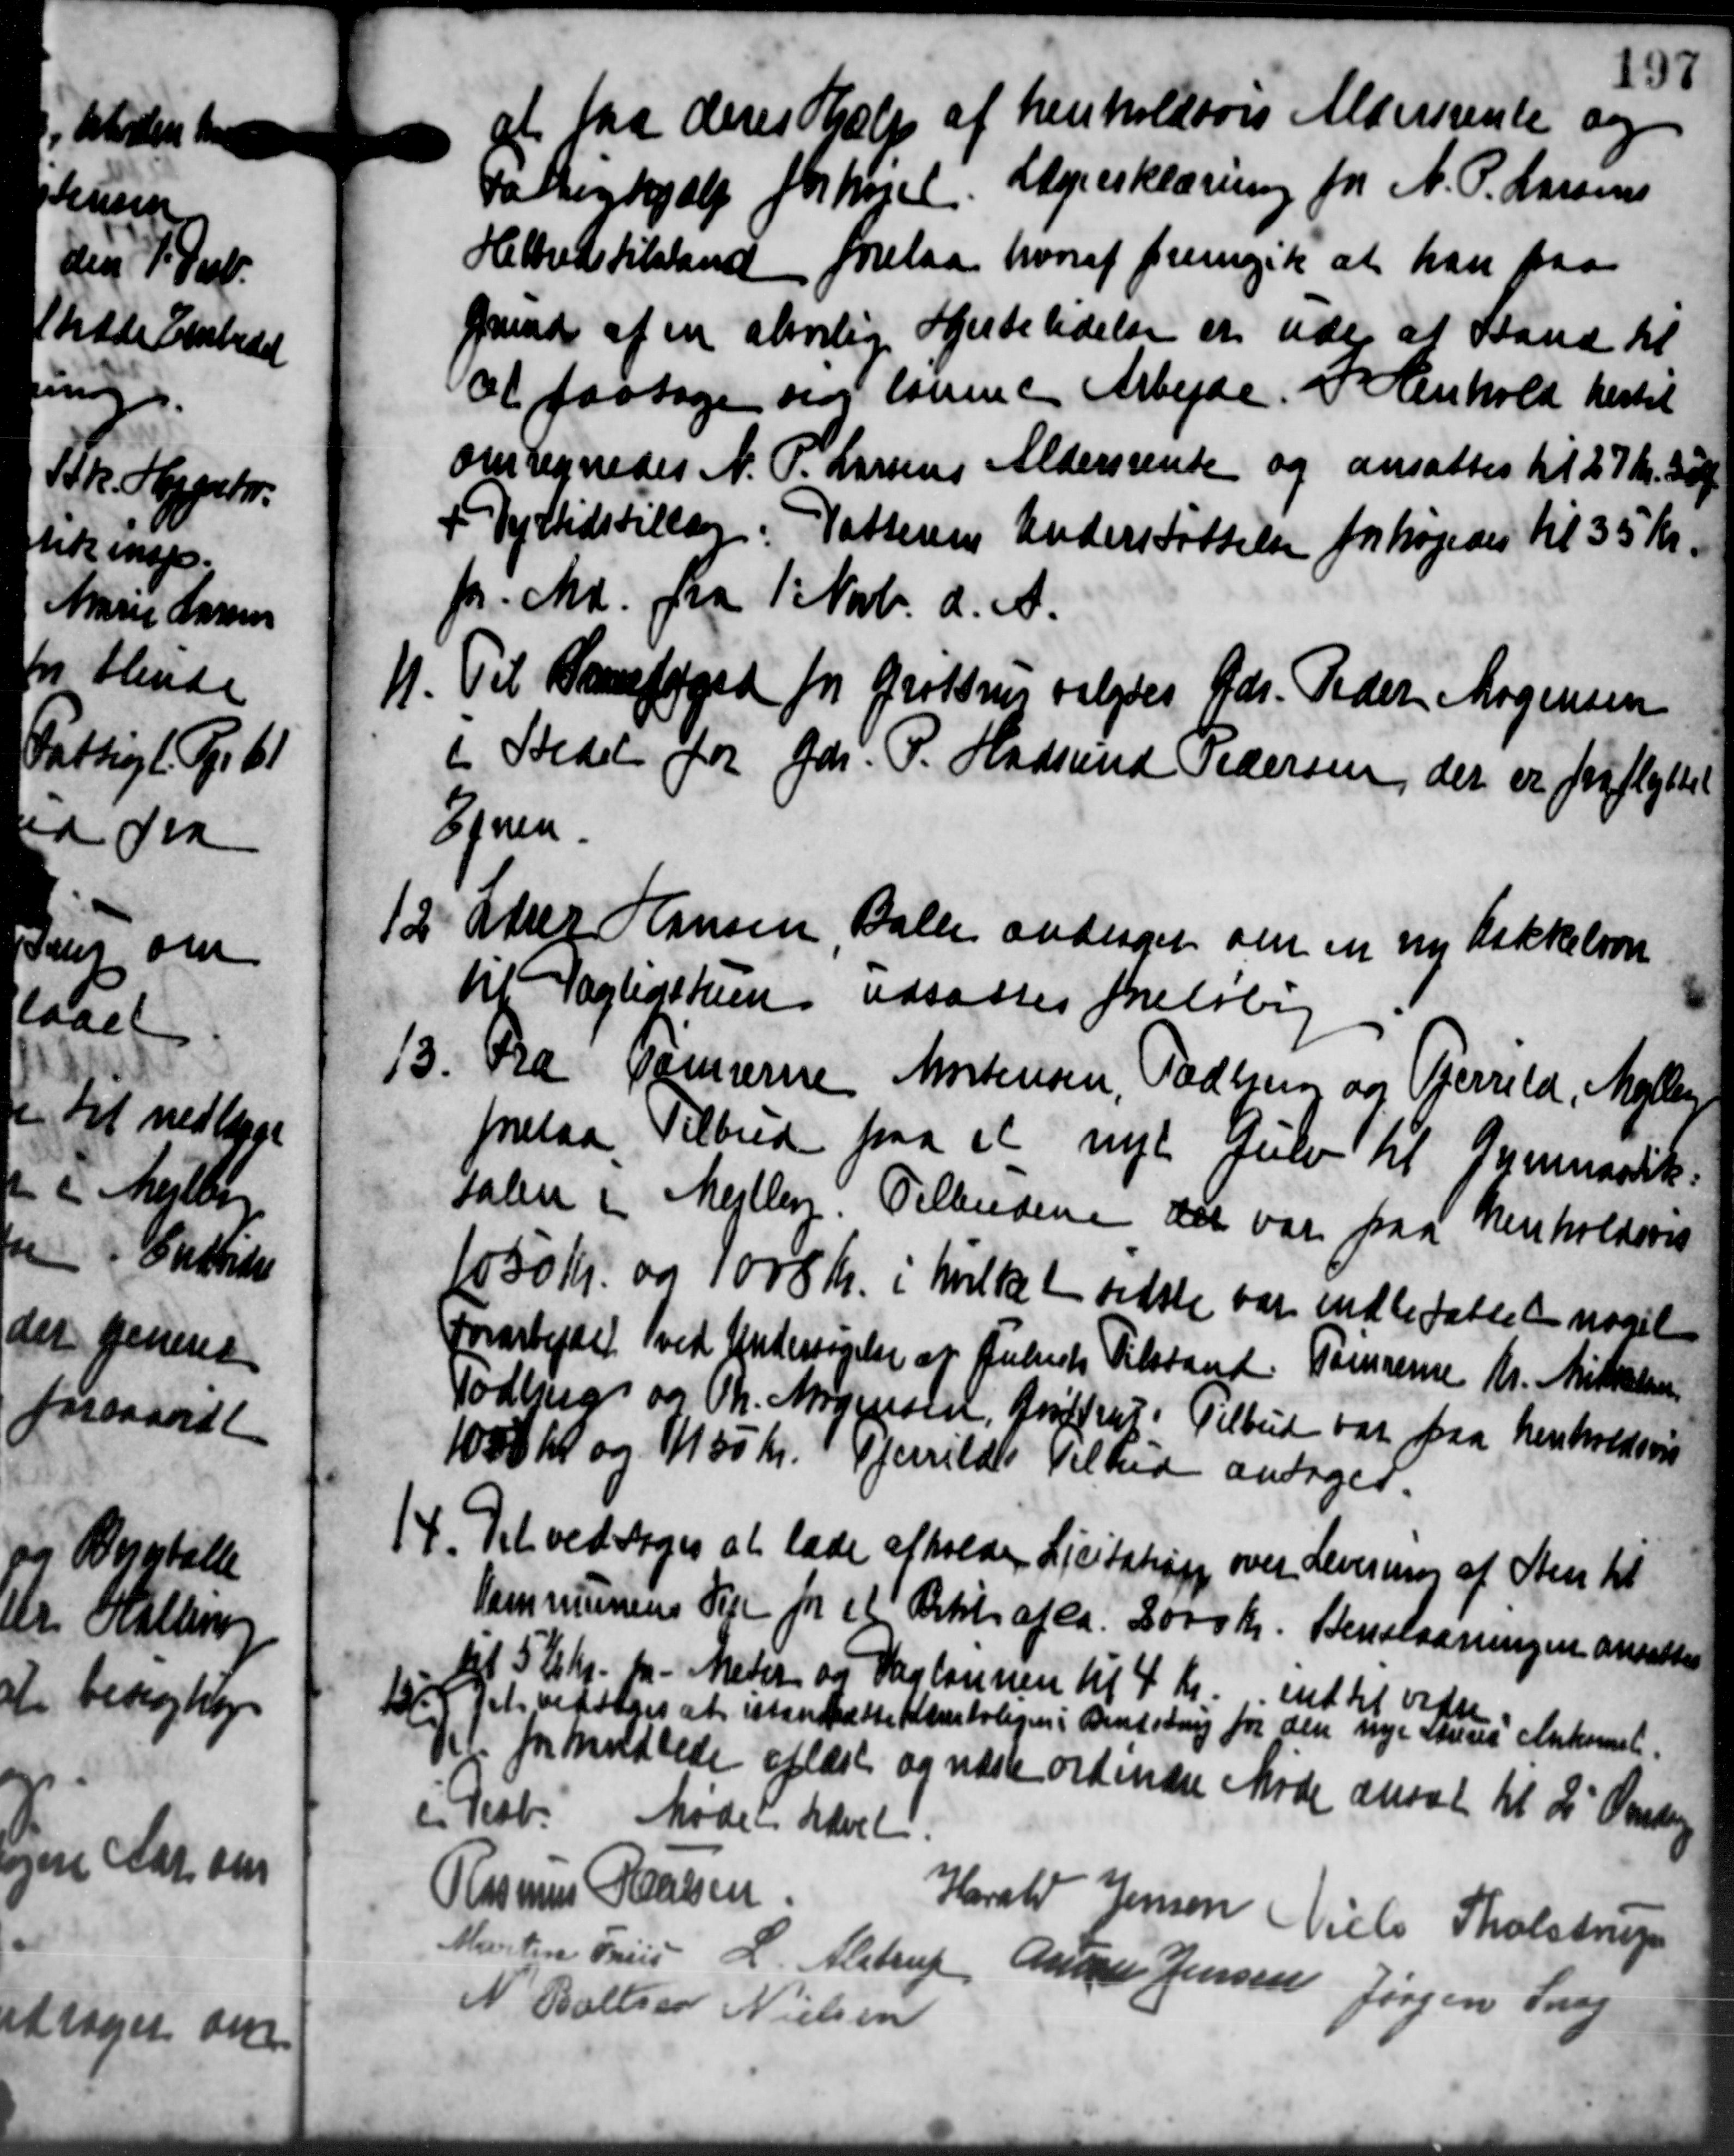
Transskription:
at faa deres Hjælp af henholdsvis Aldersrente og
Fattighjælp forhøjet. Lægeerklærering for N. P. Larsens
Helhed tilstand forelaa hvoraf fremgik at han paa
grund af en alvorlige Hjertelidelsen er uden at Stand til
at paatage sig lønne Arbejde. I Henhold hertil
omregnedes N. P. Larsens Aldersrente og ansattes til 27 kr. 300
+ Vejtidstillæg. Vatterens Understøttelse forhøjedes til 35 Kr.
pr. Md. fra 1' Novb. d. A.
11. Til Banefoged for Grøftner valgtes Gdr. Peder Mogensen
11. Til Banefoged for Grøftner valgtes Gdr. Peder Mogensen
i Stedet for Gdr. P. Hadsund Pedersen, der er fraflyttet
Egnen
12. Peter Hansen
12. Peter Hansen Balle andrager om en ny Kakkelovn
til Vagligstun udsattes foreløbig
13. Fra Tømrerne Mortensen, Padsen og Tjerrild, Mellem
13. Fra Tømrerne Mortensen, Padsen og Tjerrild, Mellem
forelaa Tilbud paa et nyt Jul til Gymnastik.
salen i Mejlby. Tilbudene der vare paa henholdsvis
1050 Kr. og 1008 Kr. i hvilket sidste var indbefattet noget
Forarbejdet ved Undersøgelse af Juliets Tilstand. Tømmere Kr. Mikkelsen
Todbjerg og Th. Mogensen, Grøttrup. Tilbud var paa henholdsvis
1050 Kr og 1150 Kr. 14 ferrildes Vilhed andrager.
14. Det vedtoges at lade afholde Licitation over Levering af Sten til
14. Det vedtoges at lade afholde Licitation over Levering af Sten til
Kommunens Veje for et Artil af ca. 2000 Kr. Benelaaningen ansættes
dt 5 Kr Kr. fra Meter og Daglønnen til 4 Kr. indtil vedre
154 pl. vedtoges at istandsætte Kontoliger i Bendsborg for den nye skreves Ankomst.
154 pl. vedtoges at istandsætte Kontoliger i Bendsborg for den nye skreves Ankomst.
Der for Moldlede aflæste og næste ordinære Møde ansat til 2' Onsdag
 Køb. Mødet hævet.
Rasmus Hansen
Harald Jensen Niels Tholstrup
Martin Friis L. Alstrup Anna Jensen Jørgen Snog
N Ballsen Nielsen